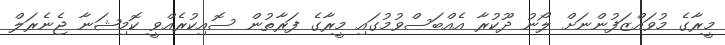
މީރާގެ މުވައްޒަފުންނަށް ލޯނު ދޫކުރާ އެއްބަސްވުމުގައި މީރާގެ ފަރާތުން ސޮއިކުރެއްވީ ކޮމިޝަނާ ޖެނެރަލް